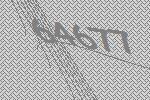
64677